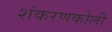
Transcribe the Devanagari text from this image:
शंकरणकोली